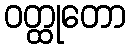
ဝတ္ထုတော